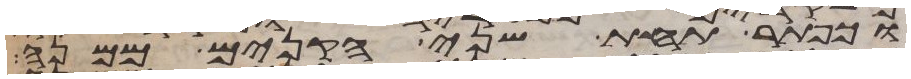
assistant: וכפתר תחת שני הקנים ממנה